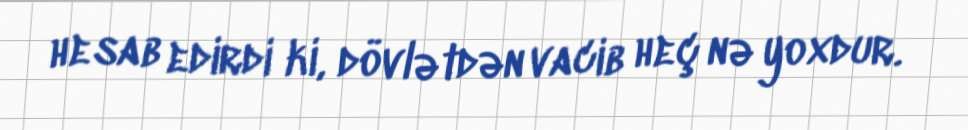
hesab edirdi ki, dövlətdən vacib heç nə yoxdur.